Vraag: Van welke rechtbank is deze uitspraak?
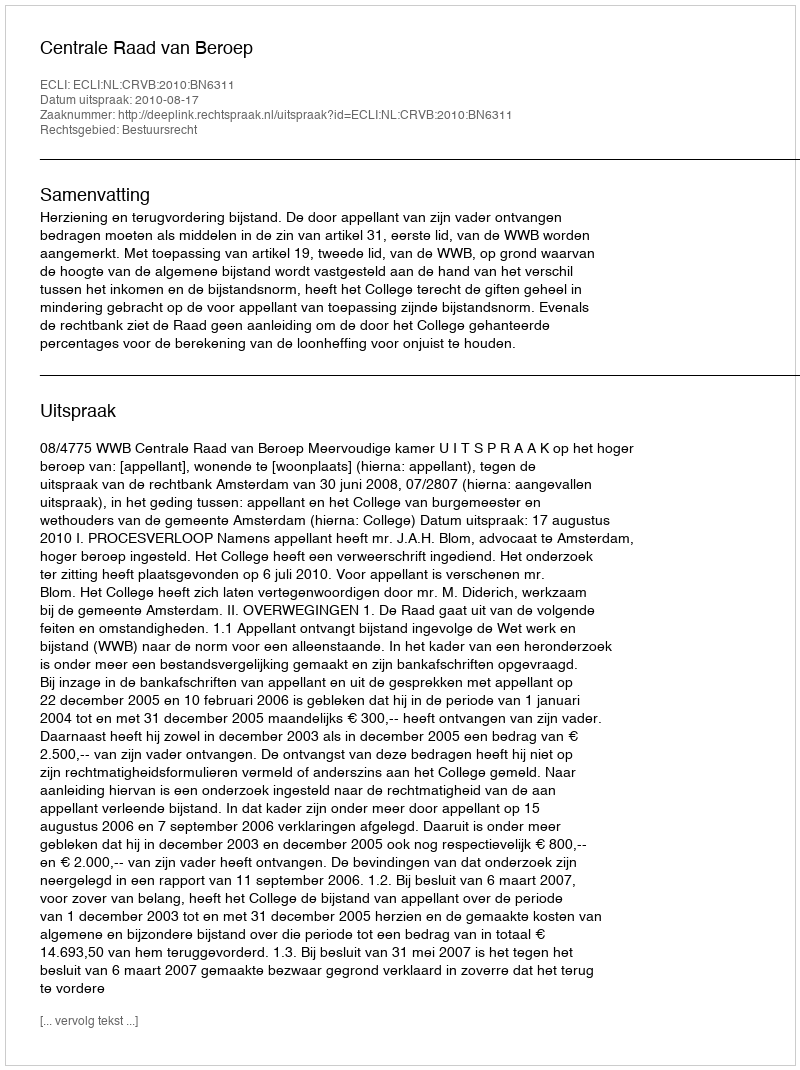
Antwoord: Centrale Raad van Beroep